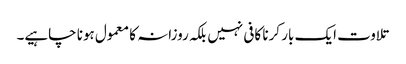
تلاوت ایک بار کرنا کافی نہیں بلکہ روزانہ کا معمول ہونا چاہیے۔